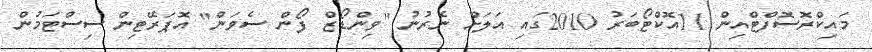
މައިކްރޮސޮފްޓްއިން 11އޮކްޓޯބަރު 2010ގައި އަލަށް ނެރުނު "ވިންޑޯޒް ފޯން ސެވަން" އޮޕަރޭޓިން ސިސްޓަމުން